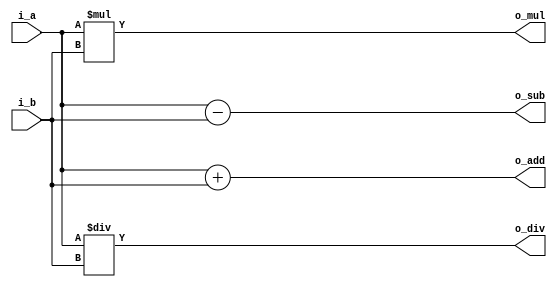
`timescale 1ns / 1ps

module combi_1(
	input	[7:0]	i_a,
	input	[7:0]	i_b,

	output 	[8:0]	o_add,
	output	[7:0]	o_sub,
	output 	[15:0]	o_mul,
	output	[7:0]	o_div
);

	assign o_add = i_a + i_b;
	assign o_sub = i_a - i_b;
	assign o_mul = i_a * i_b;
	assign o_div = i_a / i_b;		//it's hard to synthesize

endmodule